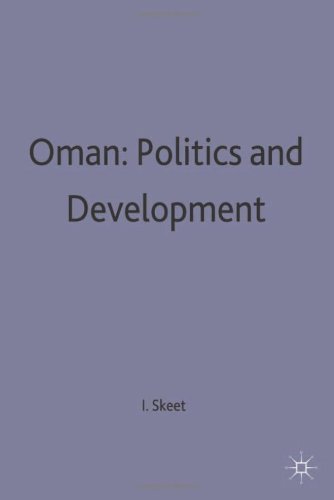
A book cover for Oman - Politics and Development; Ian Skeet; History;